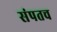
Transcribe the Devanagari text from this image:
संपतच